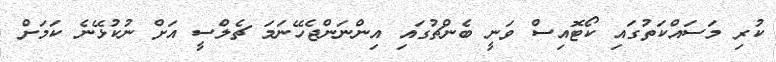
ކުރި މަސައްކަތުގައި ކޯޓޮއިސް ވަނީ ބެންޗުގައި އިންނަންޖެހޭނަމަ ޗެލްސީ އަށް ނުކުޅޭނެ ކަމަށް